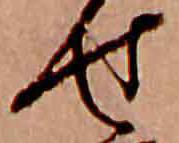
せ